Scottish Leaving Certificate Examination, 1957
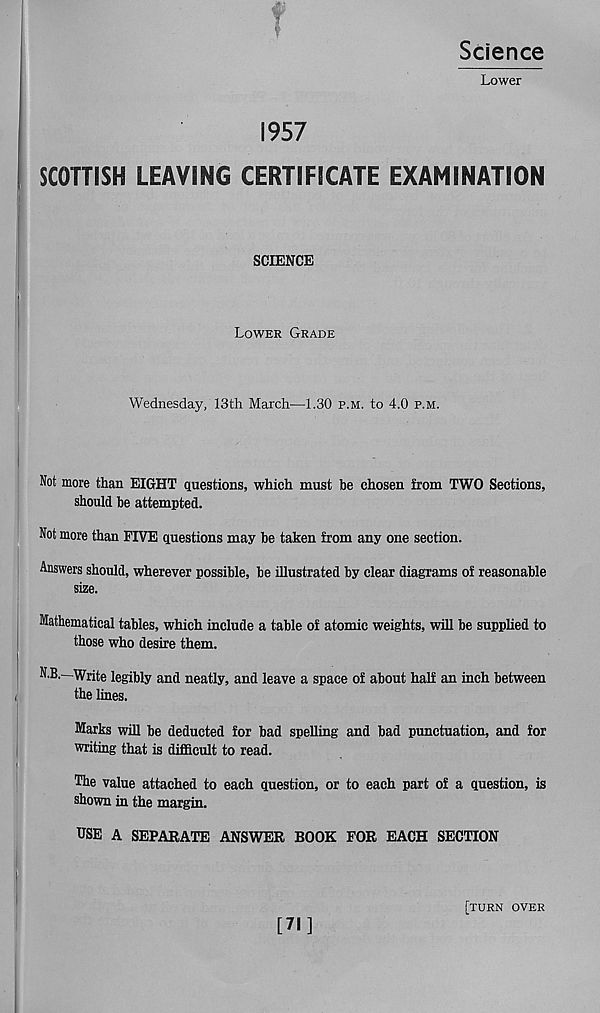
Science
w
»
Lower
1957
SCOTTISH LEAVING CERTIFICATE EXAMINATION
SCIENCE
Lower Grade
Wednesday, 13th March—1.30 p.m. to 4.0 p.m.
Not more than EIGHT questions, which must be chosen from TWO Sections,
should be attempted.
Not more than FIVE questions may be taken from any one section.
Answers should, wherever possible, be illustrated by clear diagrams of reasonable
size.
Mathematical tables, which include a table of atomic weights, will be supplied to
those who desire them.
N B.—Write legibly and neatly, and leave a space of about half an inch between
the lines.
Marks will be deducted for bad spelling and bad punctuation, and for
writing that is difficult to read.
The value attached to each question, or to each part of a question, is
shown in the margin.
USE A SEPARATE ANSWER BOOK FOR EACH SECTION
[71]
[turn over